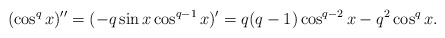
\begin{align*}(\cos^q x)''=(-q\sin x\cos^{q-1}x)'=q(q-1)\cos ^{q-2}x-q^2\cos^q x.\end{align*}